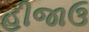
હીજાઉ